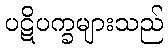
ပဋိပက္ခများသည်